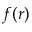
f ( r )